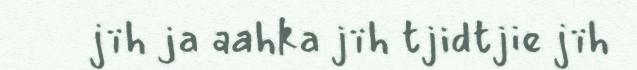
jïh ja aahka jïh tjidtjie jïh